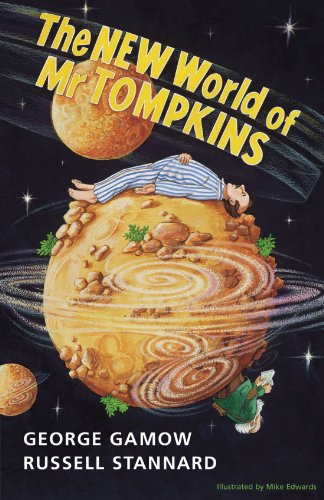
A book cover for The New World of Mr Tompkins: George Gamow's Classic Mr Tompkins in Paperback; George Gamow; Science & Math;